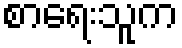
စာရေးသူက